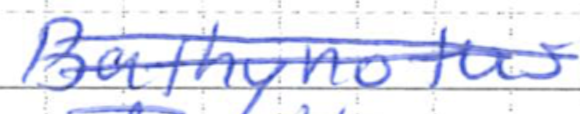
Text: Bathynotus
Cross-out: double-line
Writing tool: ballpoint